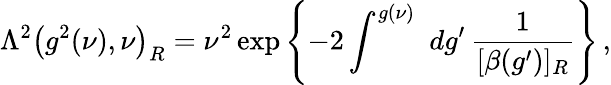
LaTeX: \Lambda^{2}\left(g^{2}(\nu),\nu\right)_{R}=\nu^{2}\exp\left\{ -2\int^{g(\nu)}\, \, dg^{\prime}\, \frac{1}{[\beta(g^{\prime})]_{R}}\right\} \, ,